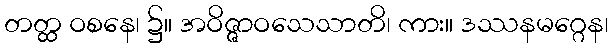
တတ္ထ ဝစနေ၊ ၌။ အဝိဇ္ဇာဝသေသာတိ၊ ကား။ ဒဿနမဂ္ဂေန၊